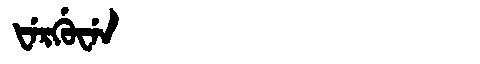
Manchu: ᡶᡝᡵᡤᡠᠸᡝᠨ
Romanization: FERGUWEN